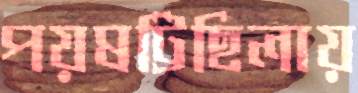
পয়ষট্টিছিলায়